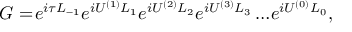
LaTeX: G = \! e ^ { i \tau L _ { - 1 } } e ^ { i U ^ { ( 1 ) } L _ { 1 } } e ^ { i U ^ { ( 2 ) } L _ { 2 } } e ^ { i U ^ { ( 3 ) } L _ { 3 } } \ldots \! e ^ { i { U ^ { ( 0 ) } } L _ { 0 } } ,